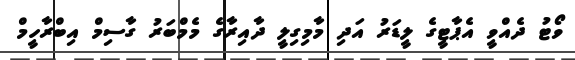
ވޯޓު ދެއްވީ އެޕާޓީގެ ލީޑަރު އަދި މާމިގިލީ ދާއިރާގެ މެމްބަރު ގާސިމް އިބްރާހީމް